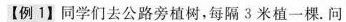
【例1】同学们去公路旁植树，每隔3米植一棵。问